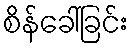
စိန်ခေါ်ခြင်း